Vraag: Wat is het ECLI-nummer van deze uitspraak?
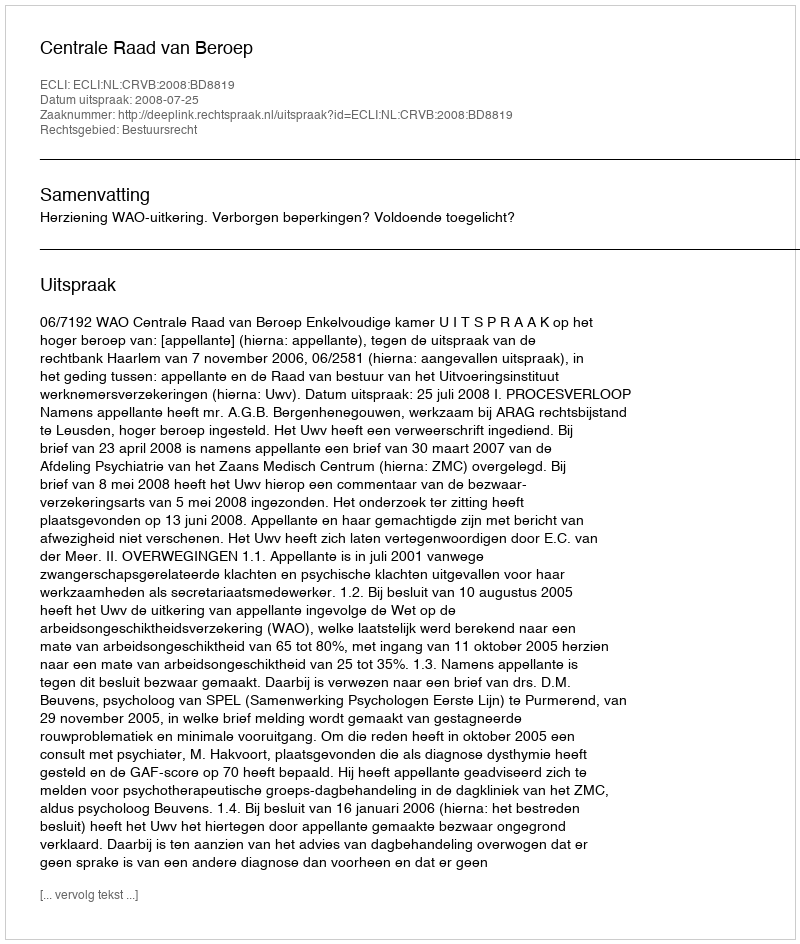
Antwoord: ECLI:NL:CRVB:2008:BD8819